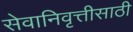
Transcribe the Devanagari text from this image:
सेवानिवृत्तीसाठी